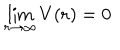
LaTeX: \lim _ { r \rightarrow \infty } V ( { \bf r } ) = 0 \;